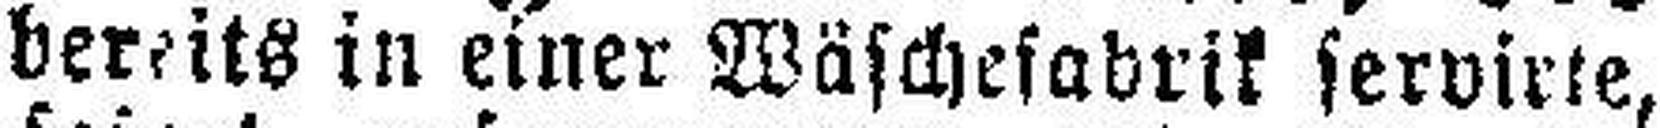
bereits in einer Wäschefabrik servirte,